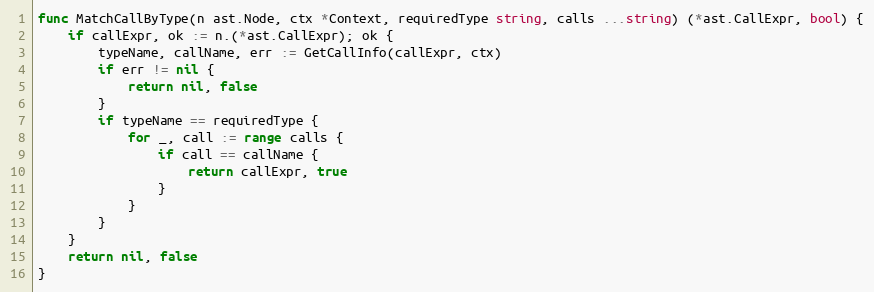
Language: Go
func MatchCallByType(n ast.Node, ctx *Context, requiredType string, calls ...string) (*ast.CallExpr, bool) {
	if callExpr, ok := n.(*ast.CallExpr); ok {
		typeName, callName, err := GetCallInfo(callExpr, ctx)
		if err != nil {
			return nil, false
		}
		if typeName == requiredType {
			for _, call := range calls {
				if call == callName {
					return callExpr, true
				}
			}
		}
	}
	return nil, false
}